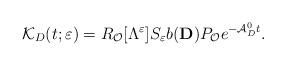
LaTeX: \begin{align*}\mathcal{K}_D(t;\varepsilon)=R_\mathcal{O}[\Lambda ^\varepsilon]S_\varepsilon b(\mathbf{D})P_\mathcal{O}e^{-\mathcal{A}_D^0t}.\end{align*}